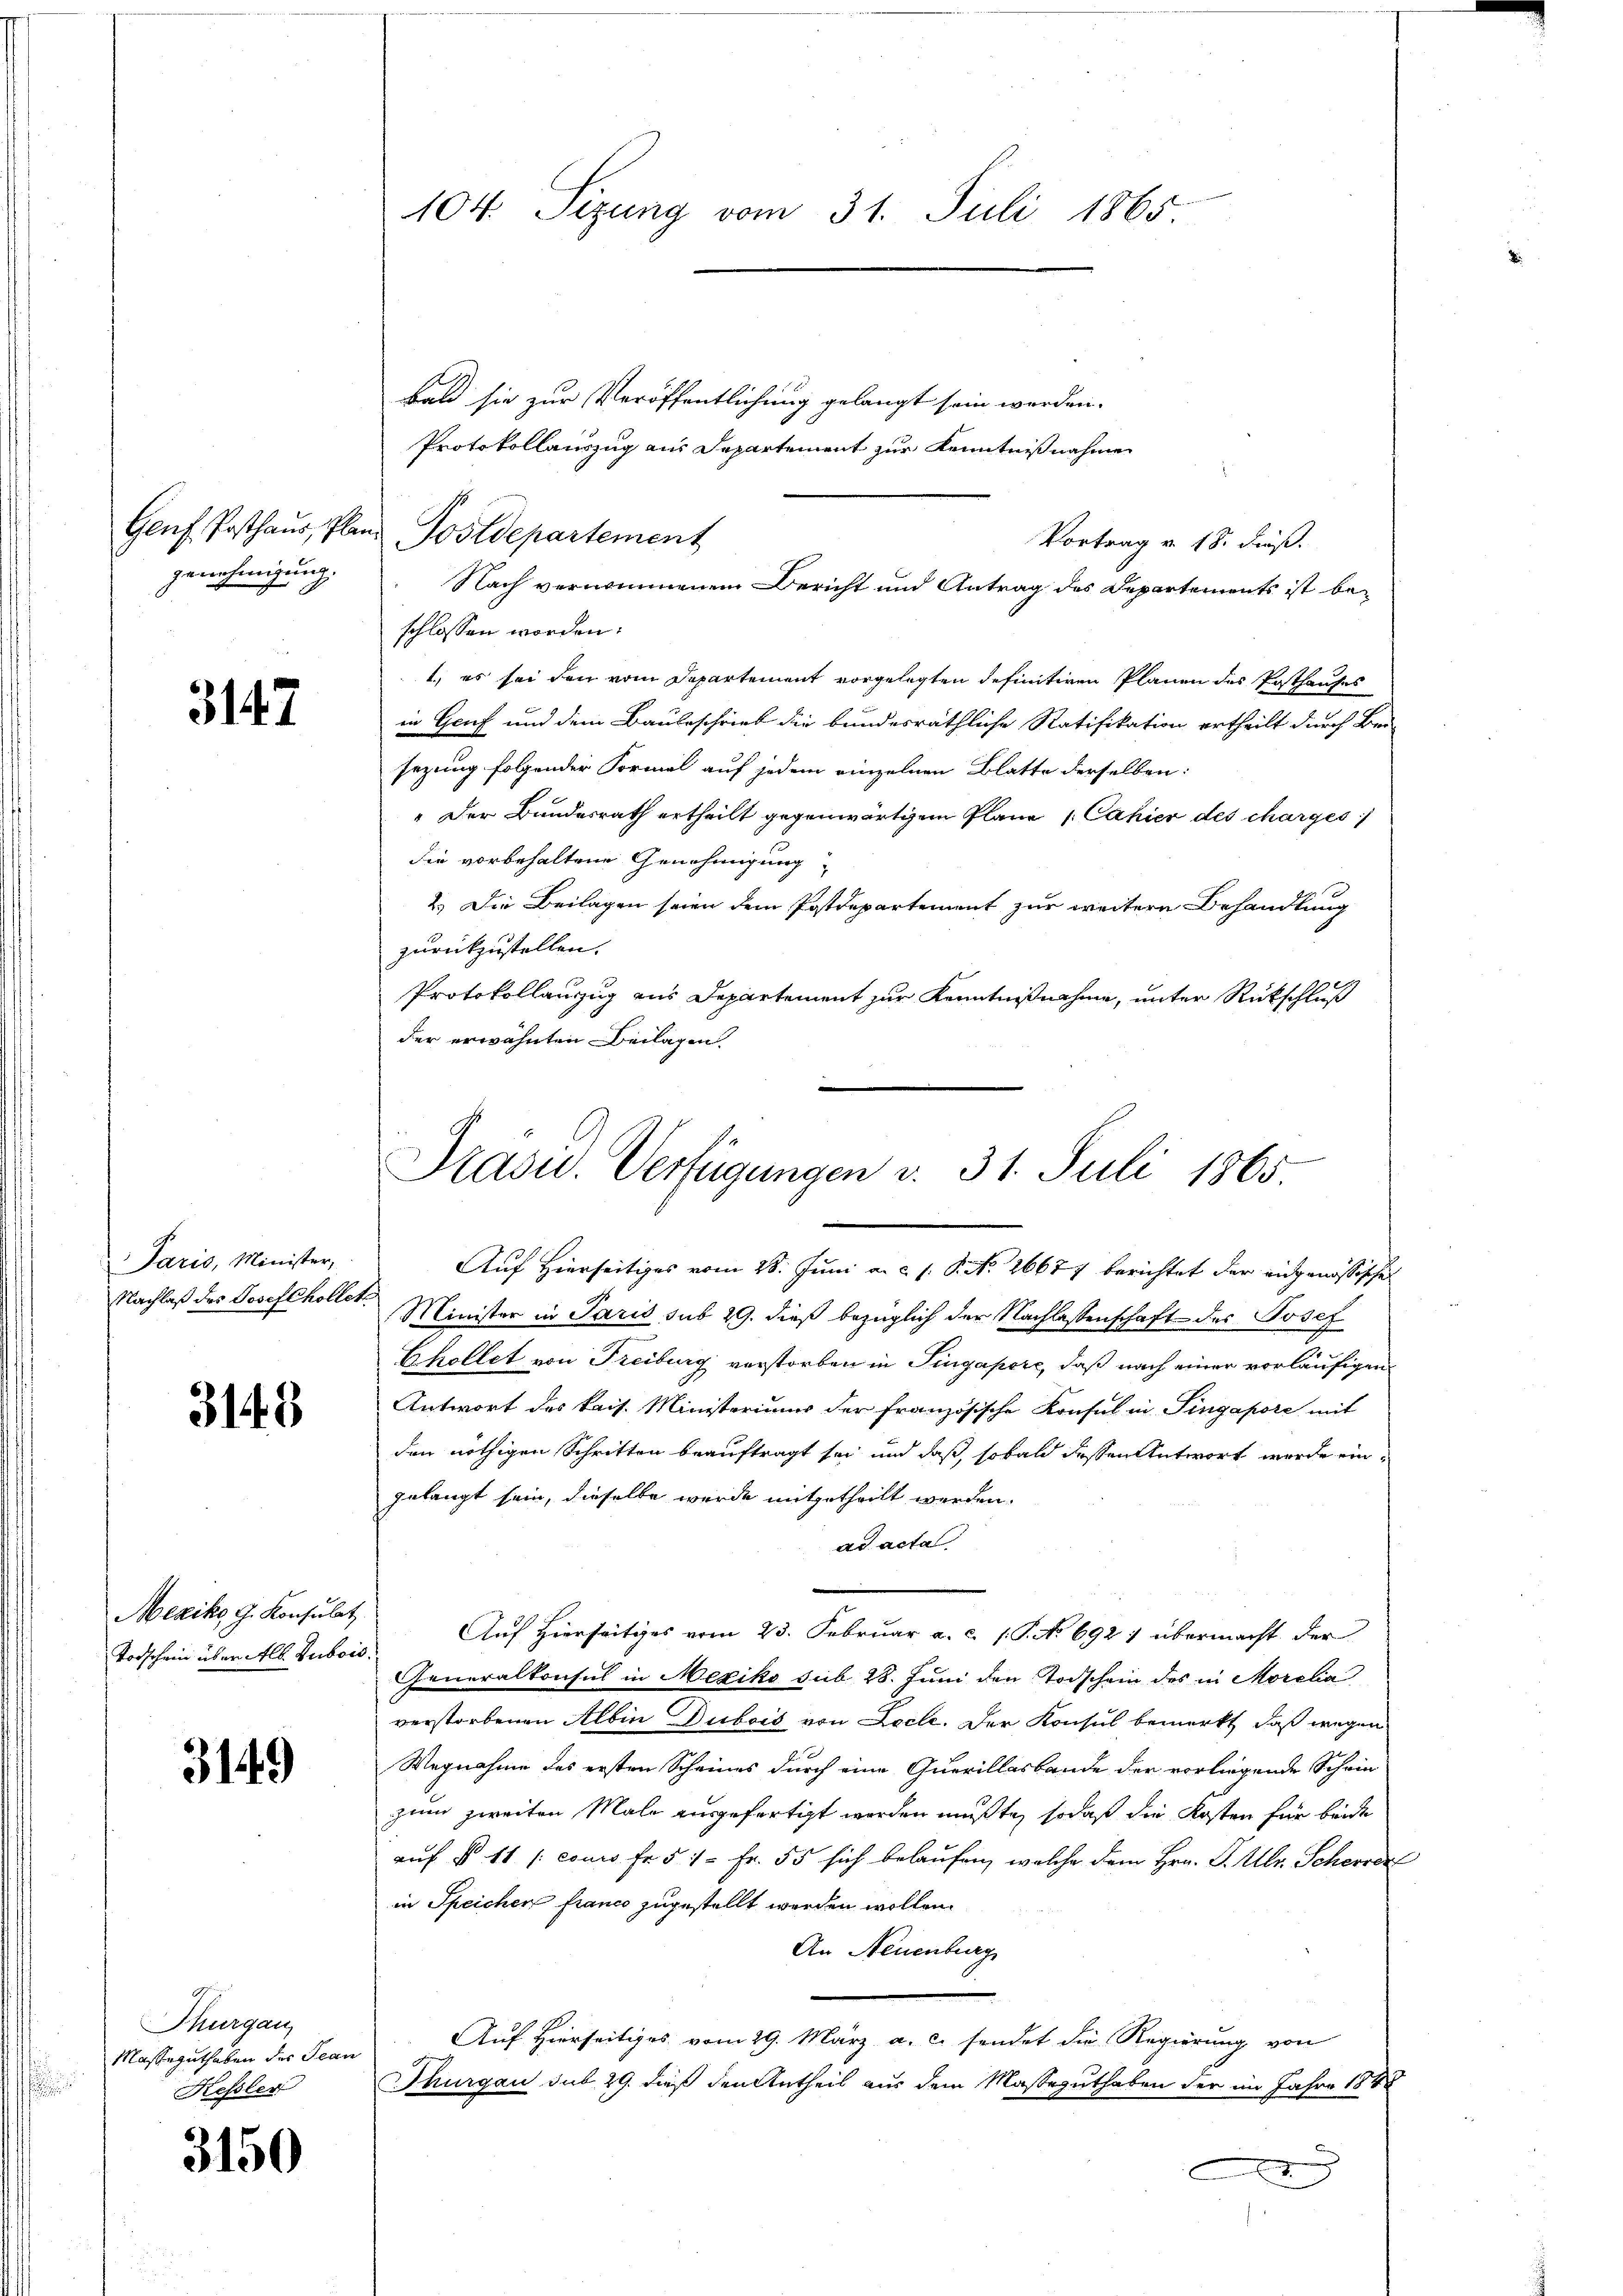
genehmigung.

3147

Paris, Minister,
Nachlaß des Josefchollet

3148

Mexiko G. Konsulat
Todschein über Alb. Beiben

3149)

Thurgau,
Masseguthaben des Jean
Kessler

3150

104. Sizung vom 31. Juli 1865

bald sie zur Veröffentlichung gelangt sein werden.
Protokollauszug aus Departement zur Kenntnißnahme
Vortrag v. 18. Fuß.
schlossen worden.
1., es sei den vom Departement vorgelegten definitiven Planen des Posthauses
in Genf und dem Bauleschrieb die bundesräthliche Ratifikation ertheilt durch Bei
sezung folgender Formel auf jedem einzelnen Blatte derselben:
" Der Bundesrath ertheilt gegenwärtigem Plane 1 Cahier des charges
die vorbehaltene Genehmigung,
2.) Die Beilagen seien dem Postdepartement zur weitere Behandlung
zurückzustellen.
Protokollanzug aus Departement zur Kenntnißnahme, unter Rückschluß
der erwähnten Beilagen.

Genf Posthaŭs, Pland Postdepartement

Präsid. Verfügungen v. 31. Juli 1865
Auf Hierseitiges vom 28. Juni a. c. s. P. Nr. 26677 berichtet der eidgenössischen

Nach vernommenem Bericht und Antrag des Departements ist be-

Minister in Paris sub 29. dieß bezüglich der Nachlassenschaft des Josef
Chollet von Freiburg verstorben in Pingapere, daß nach einer vorläufigen
Antwort des kais. Ministeriums der französische Konsul in Pingapore mit
den nöthigen Schritten beauftragt sei, und daß, sobald dessen Antwort wurde eingelangt sein, dieselbe wurde mitgetheilt werden.
ad acta
Auf Hierseitiges vom 23. Februar a. c. (T. No 692 : übermacht der
Generalkonsul in Mexiko sub 28. Juni den Todschein des in Morcla
verstorbenen Albin Dubois von Loche. Der Konsul bemerkt, daß wegen
Wegnahme des ersten Scheines durch eine Querillasbande der vorliegende Schein
zum zweiten Male ausgefertigt worden mußte, sodaß die Kosten für beide
auf § 11 (cours fr. 5 1 Fr. 55 sich belaŭfen, welche dem Hrn. P. Ubr. Scheerer
in Speichen france zugestellt werden wollen.
An Neuenburg
Auf Hierseitiges vom 29. März a. c. sendet die Regierung von
Thurgau sub 29. dieß den Antheil aus dem Masseguthaben der im Jahre 1848
.